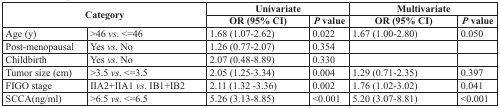
| <ROWSPAN=2-COLSPAN=2> Category | <COLSPAN=2> Univariate | <COLSPAN=2> Multivariate |
 | OR (95% CI) | P value | OR (95% CI) | P value |
 | --- | --- | --- | --- | --- | --- |
 | Age (y) | >46 vs. <=46 | 1.68 (1.07-2.62) | 0.022 | 1.67 (1.00-2.80) | 0.050 |
 | Post-menopausal | Yes vs. No | 1.26 (0.77-2.07) | 0.354 |  |  |
 | Childbirth | Yes vs. No | 2.07 (0.48-8.89) | 0.330 |  |  |
 | Tumor size (cm) | >3.5 vs. <=3.5 | 2.05 (1.25-3.34) | 0.004 | 1.29 (0.71-2.35) | 0.397 |
 | FIGO stage | IIA2+IIA1 vs. IB1+IB2 | 2.11 (1.32 -3.36) | 0.002 | 1.76 (1.02-3.02) | 0.041 |
 | SCCA(ng/ml) | >6.5 vs. <=6.5 | 5.26 (3.13-8.85) | <0.001 | 5.20 (3.07-8.81) | <0.001 |